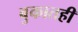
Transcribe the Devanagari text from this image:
बुकातही